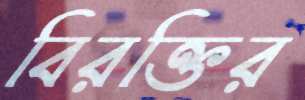
বিরক্তির